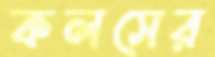
কলসের